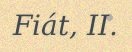
Fiát, II.